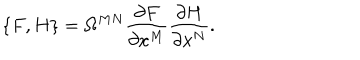
\{ F , H \} = \Omega ^ { M N } \frac { \partial F } { \partial x ^ { M } } \frac { \partial H } { \partial x ^ { N } } .